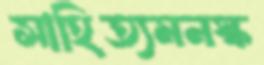
সাহিত্যমনস্ক